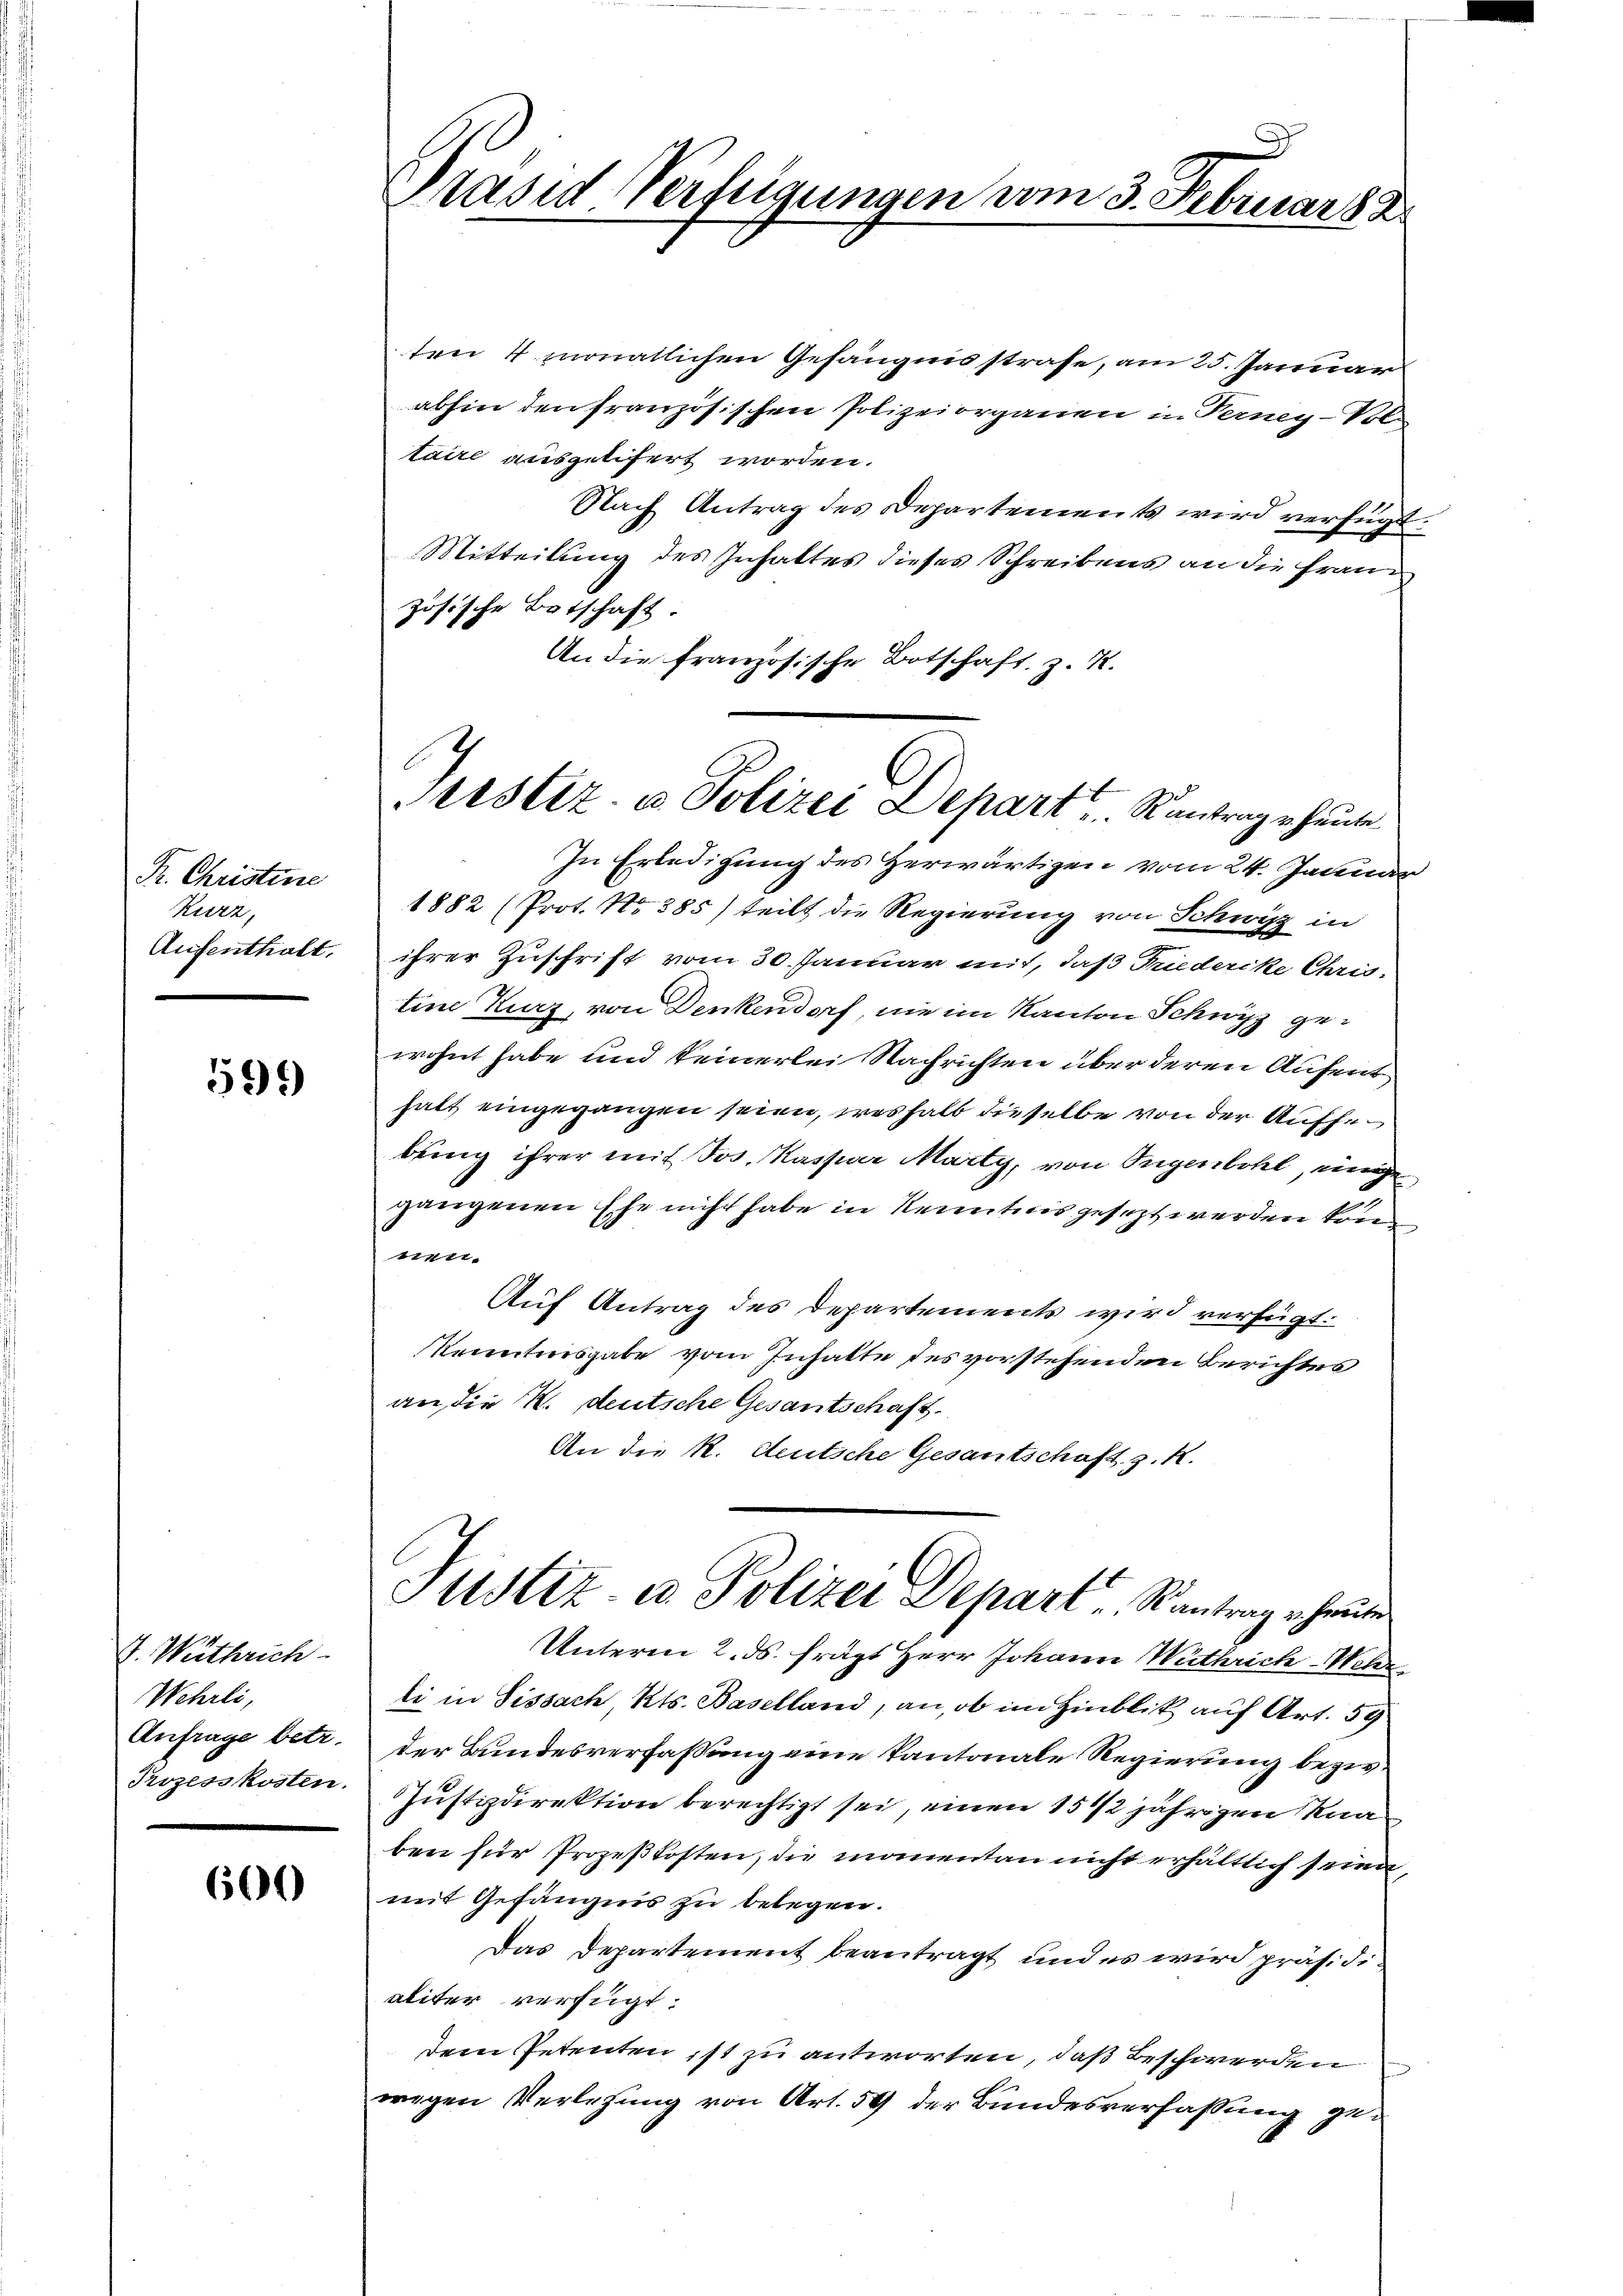
R. Christine
Kurz,
Aufenthalt.

599

V. Wuthrich
Wehrli,
Anfrage betr.
Prozesskosten.

600

Präsid Verfügungen vom 3. Februar 188

Justiz- & Polizei Depart. Kontrag heute

ten 4 monatlichen Gefängnisstrafe, am 25. Januar
abhin den französischen Polizeiorganen in Ferney-Vol
taire ausgelifert worden.
Nach Antrag des Departements wird verfügt
Mitteilung des Inhaltes dieses Schreibens an die Französische Botschaft.
An die französische Botschaft, z. R.
In Erledigung des Herwärtigen vom 24. Januar
1882 (Prot. No 385) teilt die Regierung von Schwitz in
ihrer Zuschrift vom 30. Januar mit, daß Friederike Christine Kurz, von Denkendorf, nie im Kanton Schwyz gewohnt habe und keinerlei Nachrichten über deren Aufent
halt eingegangen seien, weshalb dieselbe von der Aufhe
bung ihrer mit Sos. Kassir Marty, von Tugenbohl, einige
gangenen Ehe nicht habe in Kenntnis gesezt werden kön
1111.
Auf Antrag des Departements wird verfügt:
Kenntnisgabe vom Inhalte des vorstehenden Berichtes
an, die K. deutsche Gesantschaft.
An die R. deutsche Gesantschaft z. R.
ustiz u Polizei Depart, Rantrag heute
Unterm 2. ds. frägt Herr Johann Wuthrich-Nehr
li in Sissach, Kts. Baselland, an, ob im Hinblik auf Art. 59
der Bundesverfassung eine kantonale Regierung bezw.
Justizdirektion berechtigt sei, einen 15 1/2 jährigen Knaben für Prozeßkosten, die momentan nicht erhältlich sein,
mit Gefängnis zu belegen.
Das Departement beantragt und es wird präsidialiter verfügt:
dem Petenten ist zu antworten, daß Beschwerden
wegen Verlesung von Art. 59 der Bundesverfassung zur